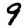
Digit: 9